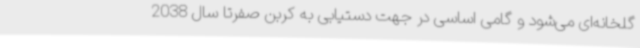
گلخانه‌ای می‌شود و گامی اساسی در جهت دستیابی به کربن صفرتا سال 2038